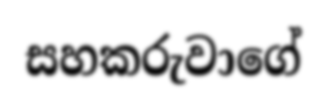
සහකරුවාගේ